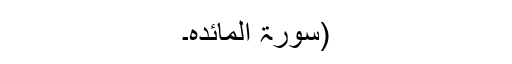
(سورۃ المائدہ۔